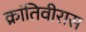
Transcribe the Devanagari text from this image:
क्रांतिवीरास